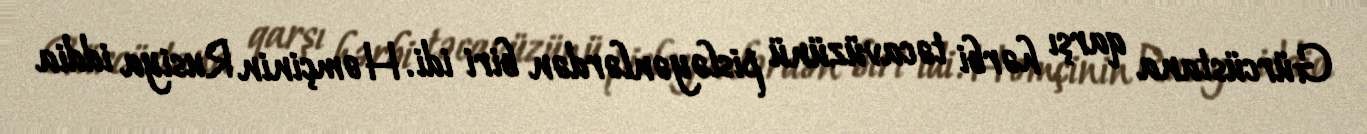
Gürcüstana qarşı hərbi təcavüzünü pisləyənlərdən biri idi. Həmçinin Rusiya iddia